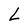
Character: L